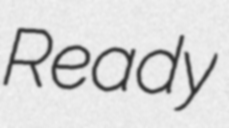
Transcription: Ready